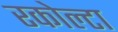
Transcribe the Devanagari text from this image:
रकोल्टा